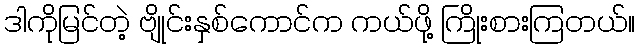
ဒါကိုမြင်တဲ့ ဗျိုင်းနှစ်ကောင်က ကယ်ဖို့ ကြိုးစားကြတယ်။